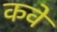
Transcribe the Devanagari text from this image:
कवे